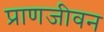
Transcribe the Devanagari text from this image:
प्राणजीवन